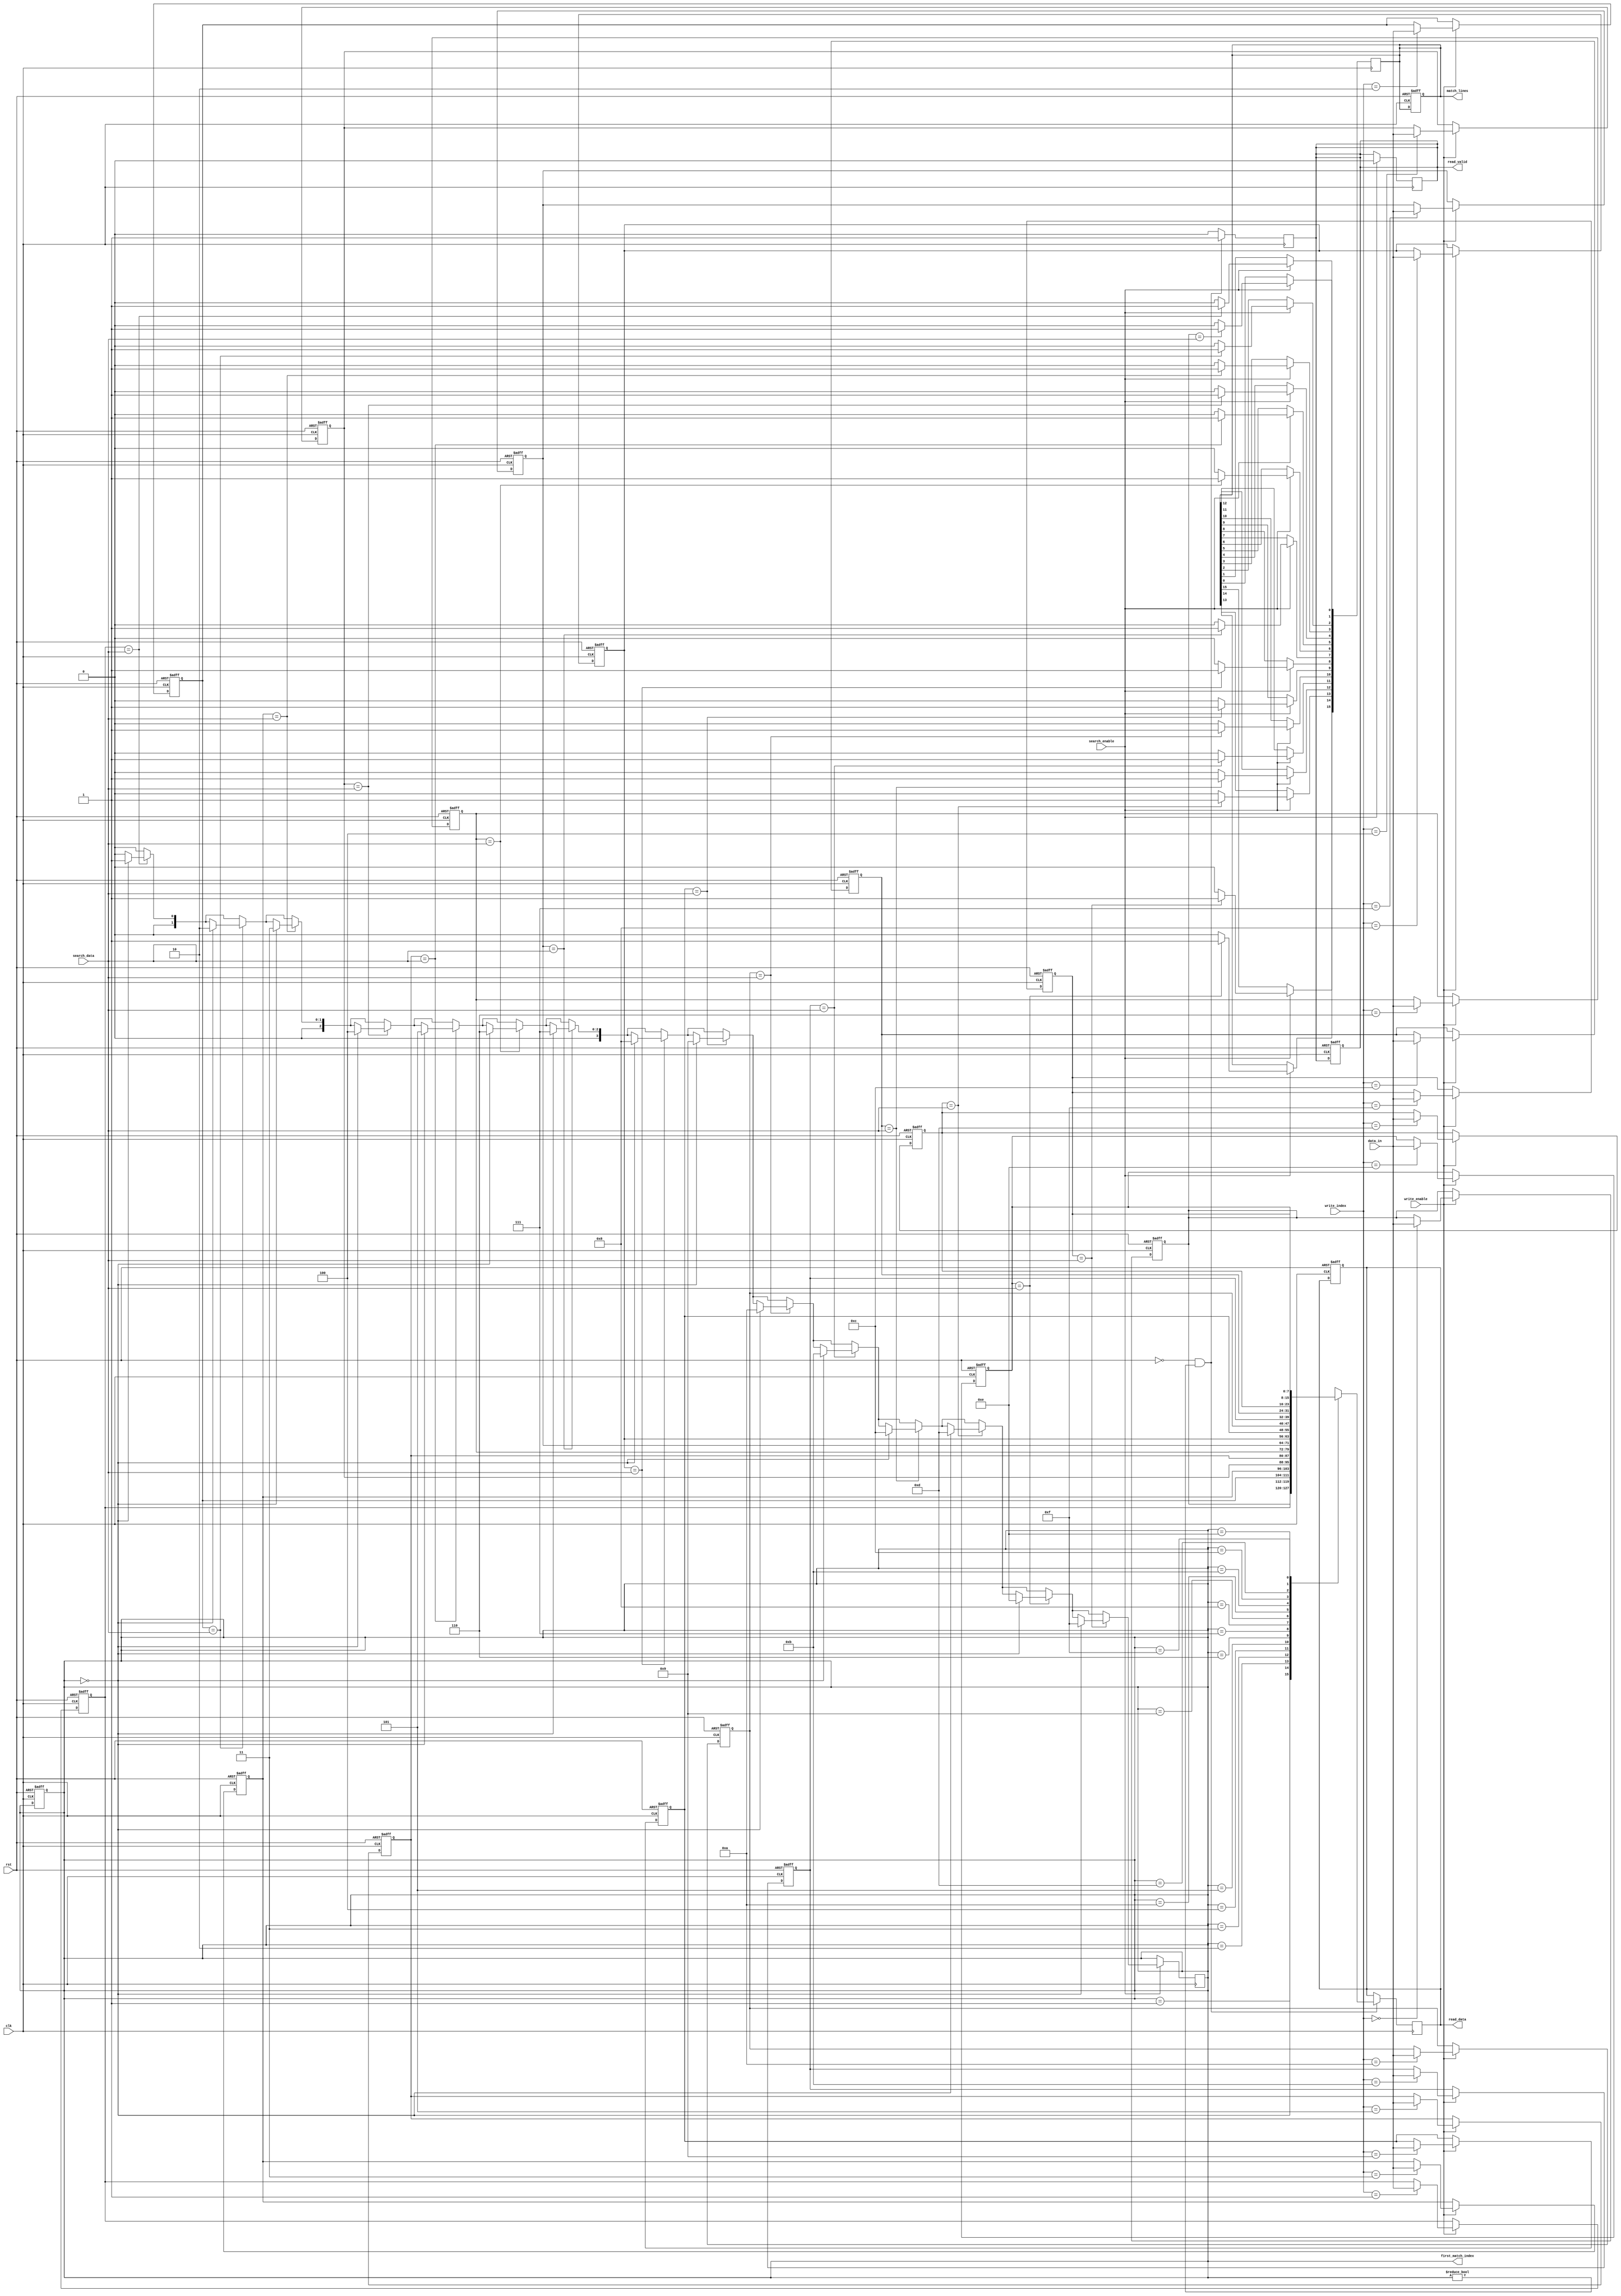
module CAM #(
    parameter DATA_WIDTH = 8,
    parameter NUM_ENTRIES = 16
)(
    input wire clk,
    input wire rst,
    input wire [DATA_WIDTH-1:0] data_in,
    input wire [3:0] write_index, // 4 bits for up to 16 entries
    input wire write_enable,
    input wire [DATA_WIDTH-1:0] search_data,
    input wire search_enable,
    output reg [NUM_ENTRIES-1:0] match_lines,
    output reg [3:0] first_match_index,
    output reg [DATA_WIDTH-1:0] read_data,
    output reg read_valid
);

    // Memory array
    reg [DATA_WIDTH-1:0] memory [0:NUM_ENTRIES-1];

    // Internal signals
    integer i;

    // Reset and Write operations
    always @(posedge clk or posedge rst) begin
        if (rst) begin
            // Reset memory
            for (i = 0; i < NUM_ENTRIES; i = i + 1) begin
                memory[i] <= {DATA_WIDTH{1'b0}};
            end
            match_lines <= {NUM_ENTRIES{1'b0}};
            first_match_index <= 4'b0;
            read_data <= {DATA_WIDTH{1'b0}};
            read_valid <= 1'b0;
        end else if (write_enable) begin
            // Write data to specified index
            memory[write_index] <= data_in;
        end
    end

    // Search operation
    always @(posedge clk) begin
        if (search_enable) begin
            match_lines <= {NUM_ENTRIES{1'b0}}; // Clear match lines
            first_match_index <= 4'b0; // Reset first match index
            read_valid <= 1'b0; // Reset read valid

            for (i = 0; i < NUM_ENTRIES; i = i + 1) begin
                if (memory[i] == search_data) begin
                    match_lines[i] <= 1'b1; // Set match line for matched entry
                    if (first_match_index == 4'b0) begin
                        first_match_index <= i[3:0]; // Capture first match index
                    end
                end
            end
        end
    end

    // Read operation based on match index
    always @(posedge clk) begin
        if (!rst && first_match_index != 4'b0) begin
            read_data <= memory[first_match_index];
            read_valid <= 1'b1; // Indicate valid read data
        end else begin
            read_valid <= 1'b0; // Clear read valid if no match
        end
    end

endmodule